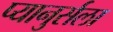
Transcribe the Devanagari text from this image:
प्यानुर्सला